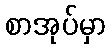
စာအုပ်မှာ